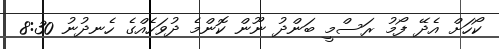
ކޯހަށް އެދޭ ފޯމު ރަސްމީ ބަންދު ނޫން ކޮންމެ ދުވަހެއްގެ ހެނދުނު 8:30